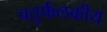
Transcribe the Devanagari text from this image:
चतुर्फलकीय